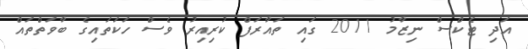
އަދި ޓެކްސް ނިޒާމު 2011 ގައި ތައާރަފް ކުރިއިރު ވެސް ހަކަތައިގެ ބާވަތްތައް